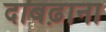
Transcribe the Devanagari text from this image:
दाबढ़ाना